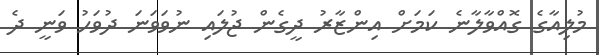
މުލިއާގެ ގޮއްވާލާނެ ކަމަށް އިންޒާރު ދީގެން ޖުލައި ނުވަވަނަ ދުވަހު ވަނީ ދެ